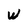
Character: W